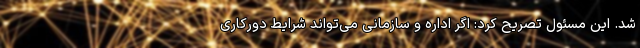
شد. این مسئول تصریح کرد: اگر اداره و سازمانی می‌تواند شرایط دورکاری